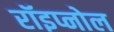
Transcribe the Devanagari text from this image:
रॉइप्नोल